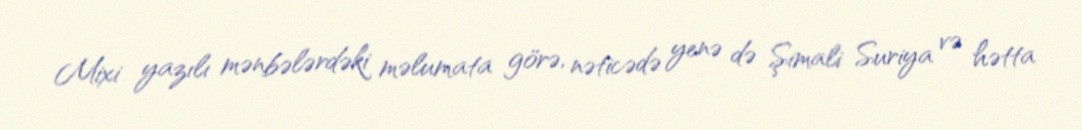
Mixi yazılı mənbələrdəki məlumata görə, nəticədə yenə də Şimali Suriya və hətta